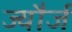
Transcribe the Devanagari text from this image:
ज्यौर्ज